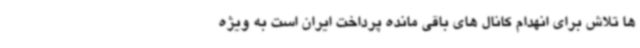
ها تلاش برای انهدام کانال های باقی مانده پرداخت ایران است به ویژه